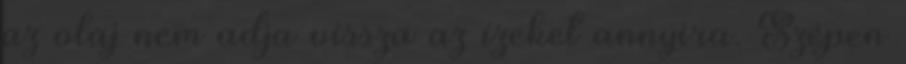
az olaj nem adja vissza az ízeket annyira. Szépen